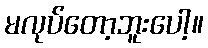
မလုပ်တော့ဘူးပေါ့။